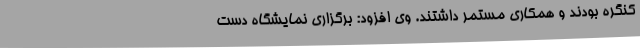
کنگره بودند و همکاری مستمر داشتند. وی افزود: برگزاری نمایشگاه دست